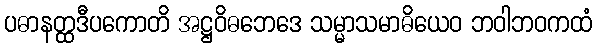
ပဓာနတ္ထဒီပကောတိ အဋ္ဌဝိဓဘေဒေ သမ္မာသမာဓိယေဝ ဘဝါဘဝကထံ